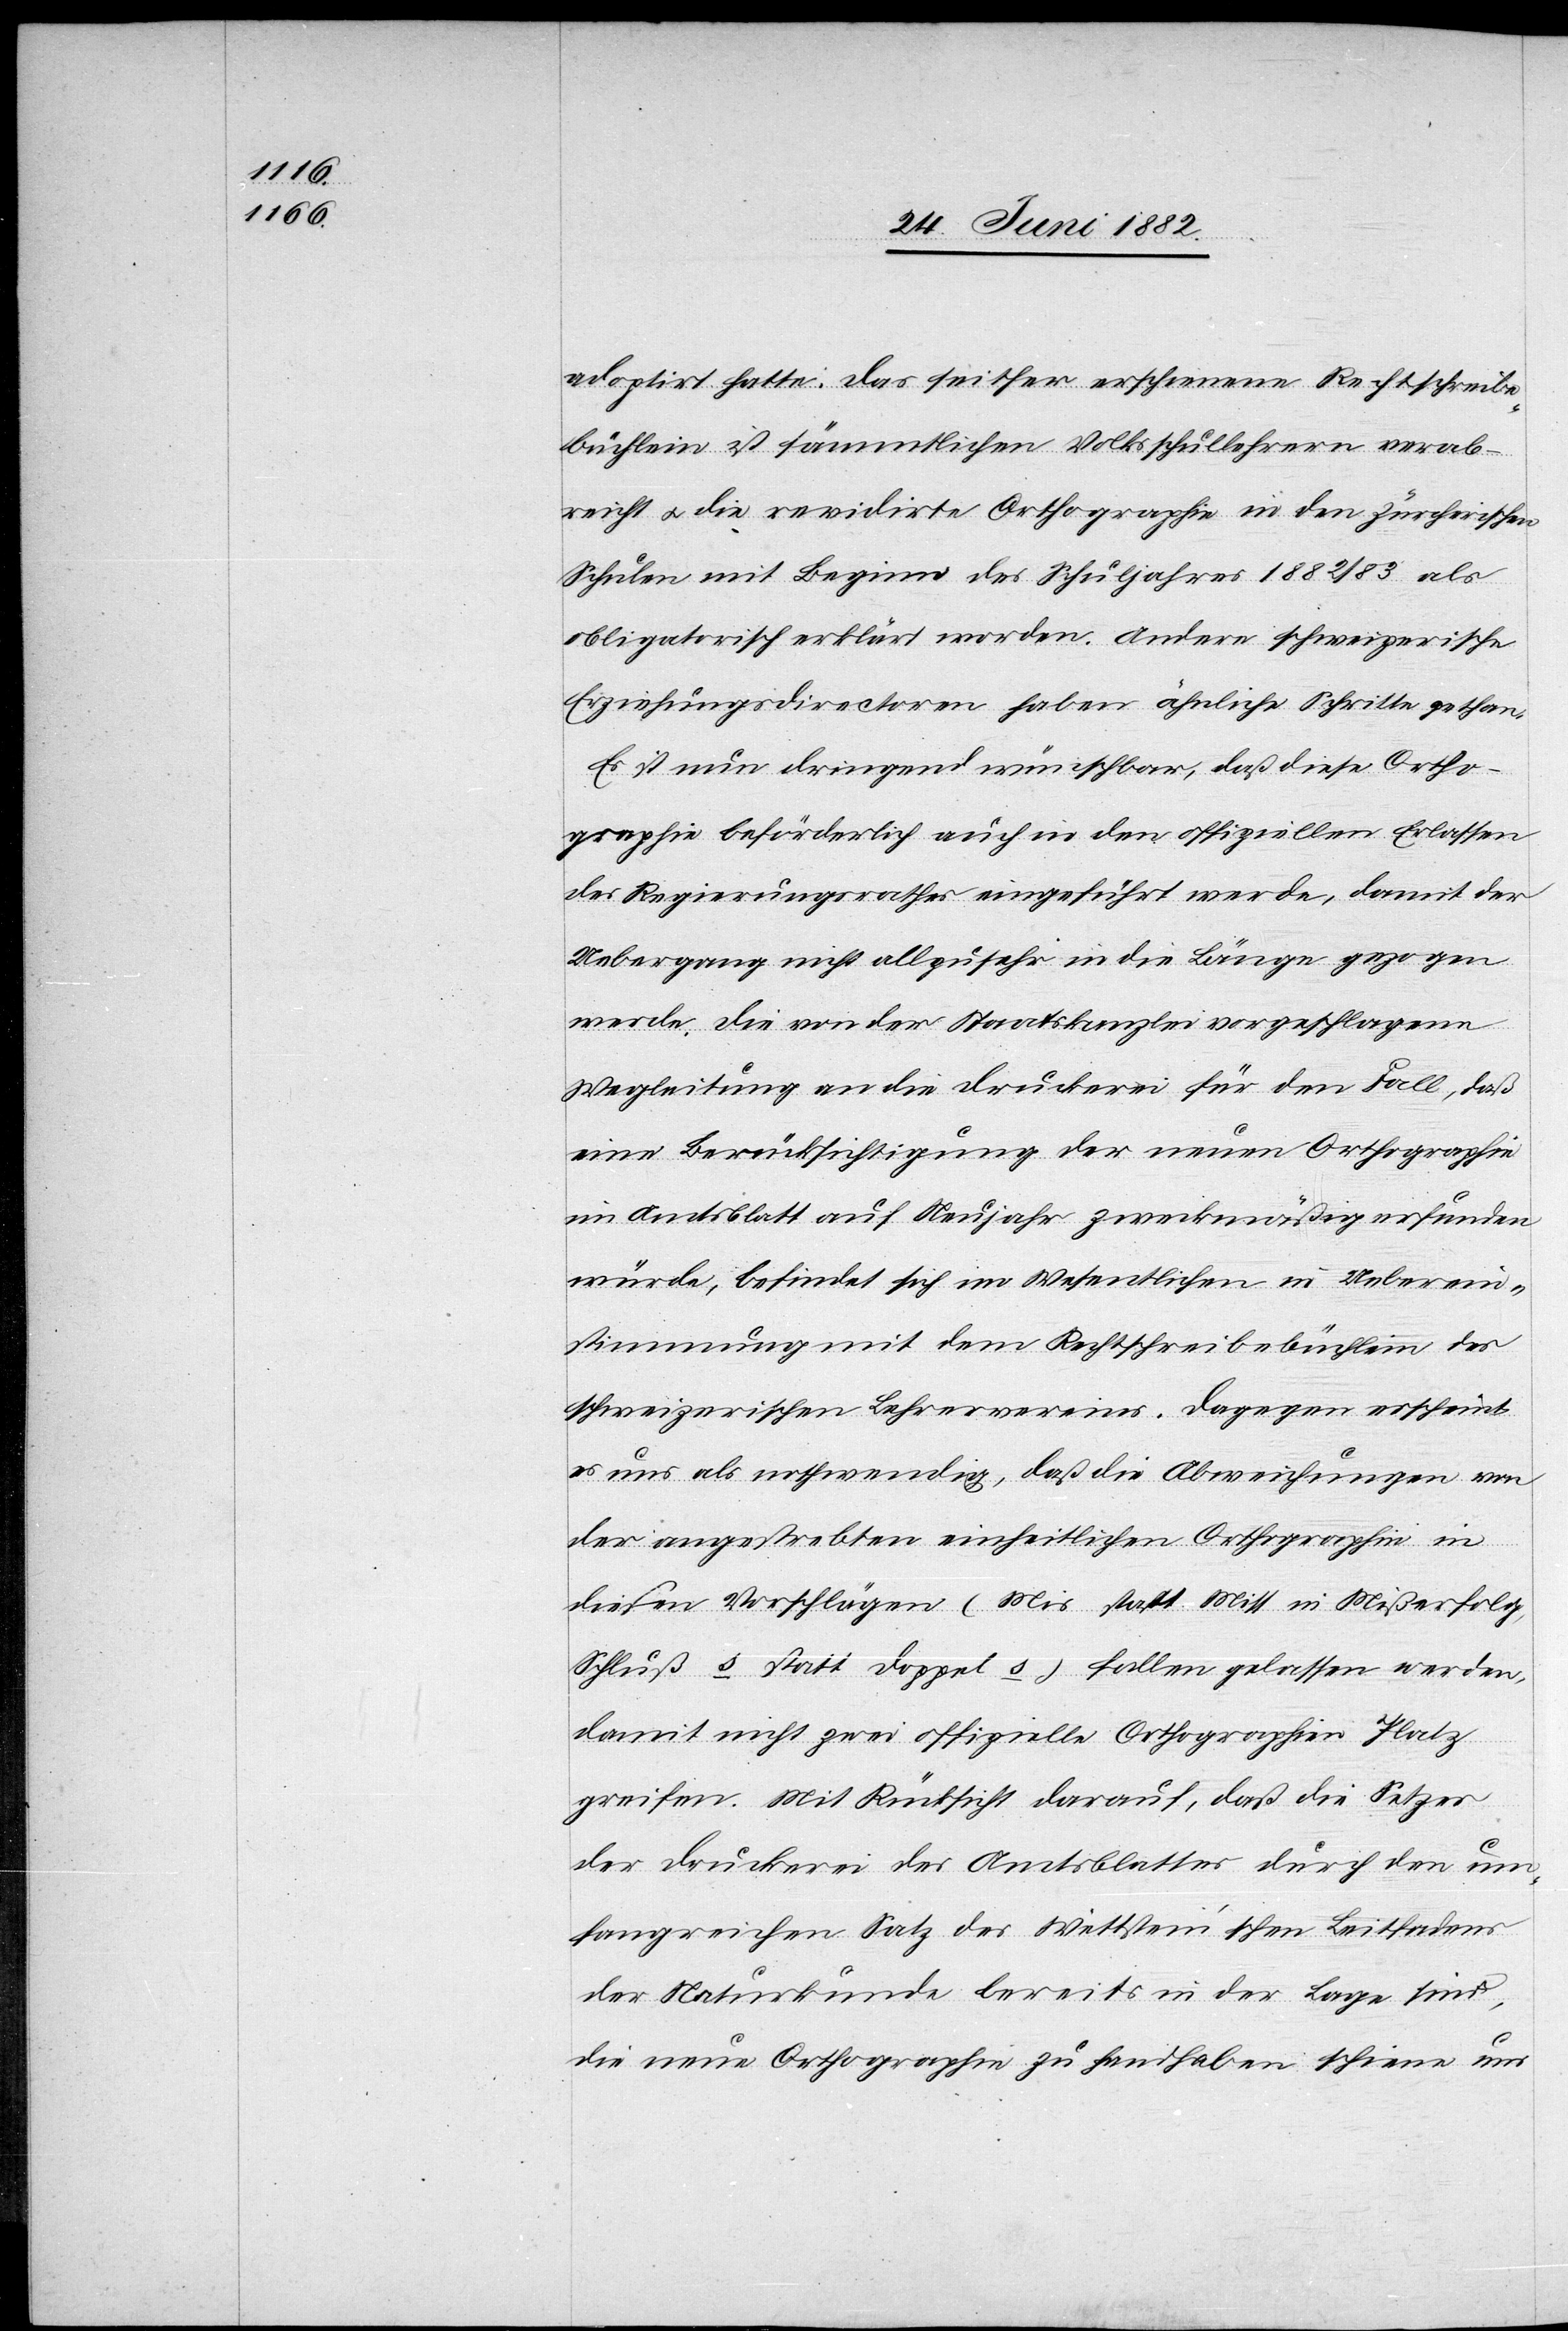
adoptirt hatte. Das seither erschienene Rechtschreibe¬
büchlein ist sämmtlichen Volksschullehrern verab¬
reicht u. die revidirte Orthographie in den zürcherischen
Schulen mit Beginn des Schuljahres 1882/83 als
obligatorisch erklärt worden. Andere schweizerische
Erziehungsdirectoren haben ähnliche Schritte gethan.
Es ist nun dringend wünschbar, daß diese Ortho¬
graphie beförderlich auch in den offiziellen Erlassen
des Regierungsrathes eingeführt werde, damit der
Uebergang nicht allzusehr in die Länge gezogen
werde. Die von der Staatskanzlei vorgeschlagene
Wegleitung an die Druckerei für den Fall, daß
eine Berücksichtigung der neuen Orthographie
im Amtsblatt auf Neujahr zweckmäßig erfunden
würde, befindet sich im Wesentlichen in Ueberein¬
stimmung mit dem Rechtschreibbüchlein des
schweizerischen Lehrervereins. Dagegen erscheint
es uns als nothwendig, daß die Abweichungen von
der angestrebten einheitlichen Orthographie in
diesen Vorschlägen (Mis statt Miss in Mißerfolg,
Schluß mit s statt Doppel s) fallen gelassen werden,
damit nicht zwei offizielle Orthographien Platz
greifen. Mit Rücksicht darauf, daß die Setzer
der Druckerei des Amtsblattes durch den um¬
fangreichen Satz des Wettstein’schen Leitfadens
der Naturkunde bereits in der Lage sind,
die neue Orthographie zu handhaben schiene uns